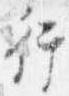
行